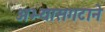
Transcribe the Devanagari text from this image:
अभ्यासगटाने